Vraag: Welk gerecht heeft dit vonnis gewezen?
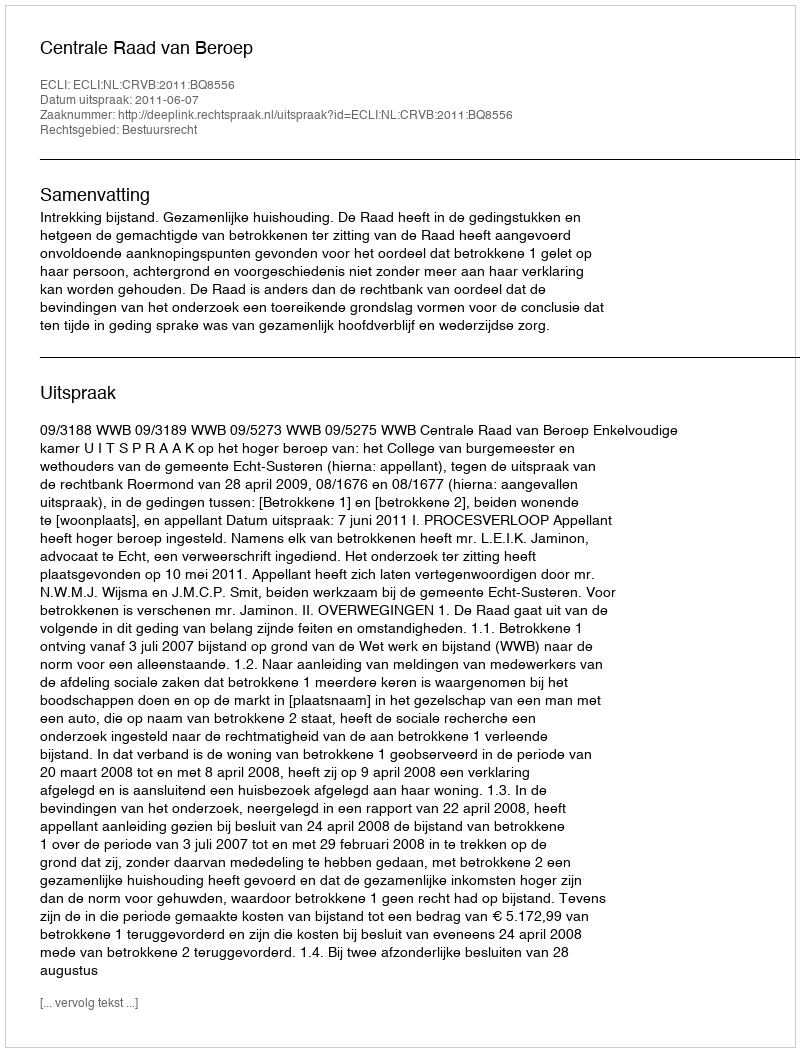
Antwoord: Centrale Raad van Beroep